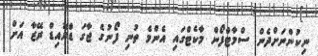
ނިކުންނަށްދެން ސްމާޓްފޯން މާކެޓްގައި އެންމެ ތުނި ފޯނުގެ ޖާގަ ޑްރޮއިޑް ރޭޒާ އަށް